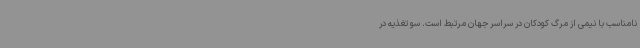
نامناسب با نیمی از مرگ کودکان در سراسر جهان مرتبط است. سو تغذیه در